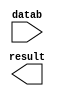
module sub_mass_02_05_2 (
	datab,
	result);

	input	[13:0]  datab;
	output	[13:0]  result;

endmodule